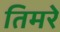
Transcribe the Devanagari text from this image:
तिमरे